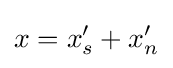
x=x_{s}'+x_{n}'